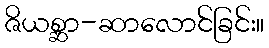
ဇိယစ္ဆာ-ဆာလောင်ခြင်း။